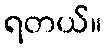
ရတယ်။